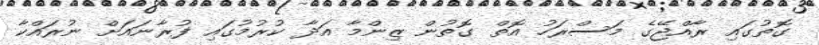
ގޮތުގައި ރާއްޖޭގެ މަސްރަހު އޮތް ގޮތުން ޒިންމާ އަދާ ކުރުމުގައި ފުރާނައަށް ނުރައްކާ